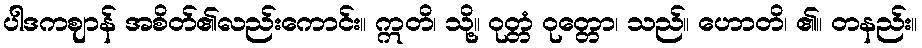
ပါဒကဈာန် အစိတ်၏လည်းကောင်း။ ဣတိ၊ သို့။ ဝုတ္တံ ဝုတ္တော၊ သည်။ ဟောတိ၊ ၏။ တနည်း။